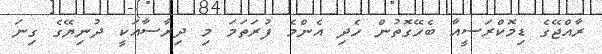
ރާއްޖޭގެ ޑިމޮކްރަސީއާ ބެހޭގޮތުން ހެދި އެންމެ ފުރަތަމަ މި ދިރާސާއަކީ ދުނިޔޭގެ ގިނަ